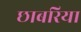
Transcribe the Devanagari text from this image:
छाबरिया